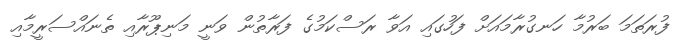
ފުރަތަމަ ބަރުމާ ހަނގުރާމައަށް ފަހުގައި އަވާ ރަސްކަމުގެ ފަރާތުން ވަނީ މަނިޕޫރާއި ތެނައްސަރީމާއި